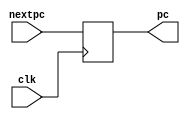
`timescale 1ns / 1ps
//////////////////////////////////////////////////////////////////////////////////
// Company: 
// Engineer: 
// 
// Design Name: 
// Module Name: PC_CTRL
// Project Name: 
// Target Devices: 
// Tool Versions: 
// Description: 
// 
// Dependencies: 
// 
// Revision:
// Revision 0.01 - File Created
// Additional Comments:
// 
//////////////////////////////////////////////////////////////////////////////////


module PC_CTRL(nextpc,clk,pc);
    input clk;
    input [31:0] nextpc;
    output [31:0] pc;
    reg [31:0] pc=32'd0;
    
    always@(posedge clk) begin
        pc<=nextpc;
    end
    
endmodule